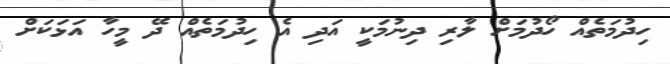
ހިދުމަތެއް ހޯދުމަށް ލާރި ދިނުމަކީ އަދި އެ ހިދުމަތެއް ދޭ މީހާ އަޅަކަށް